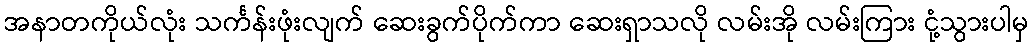
အနာတကိုယ်လုံး သင်္ကန်းဖုံးလျက် ဆေးခွက်ပိုက်ကာ ဆေးရှာသလို လမ်းအို လမ်းကြား ငုံ့သွားပါမှ